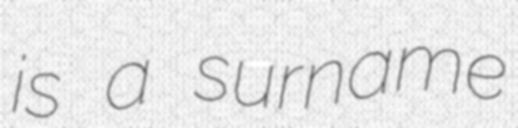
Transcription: is a surname